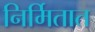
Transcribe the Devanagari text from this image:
निर्मितात